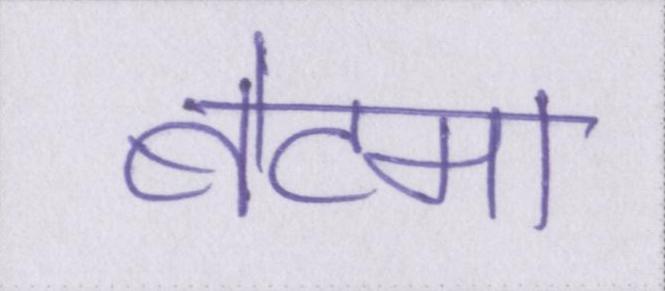
बेटमा